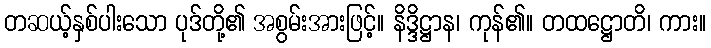
တဆယ့်နှစ်ပါးသော ပုဒ်တို့၏ အစွမ်းအားဖြင့်။ နိဒ္ဒိဋ္ဌာန၊ ကုန်၏။ တထဋ္ဌောတိ၊ ကား။